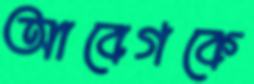
আবেগকে